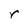
Character: r